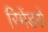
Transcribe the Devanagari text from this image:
रिमेंडरों